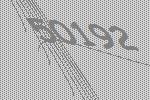
50192